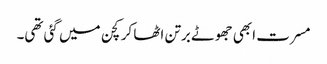
مسرت ابھی جھوٹے برتن اٹھا کر کچن میں گئی تھی۔